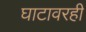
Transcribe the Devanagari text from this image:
घाटावरही